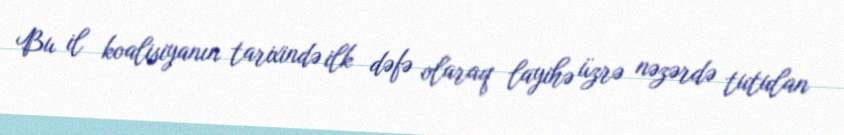
Bu il koalisiyanın tarixində ilk dəfə olaraq layihə üzrə nəzərdə tutulan